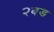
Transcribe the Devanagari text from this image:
२बड